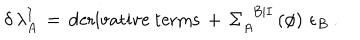
LaTeX: \delta \, \lambda _ { A } ^ { I } \, = \, \mathrm { d e r i v a t i v e ~ t e r m s } \, + \, \Sigma _ { A } ^ { \phantom { A } B \vert I } \left( \phi \right) \, \epsilon _ { B } ~ .